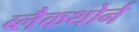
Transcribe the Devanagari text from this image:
ब्लैकथोर्न